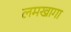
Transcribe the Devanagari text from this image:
लमखागा